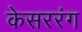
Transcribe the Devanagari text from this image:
केसररंग